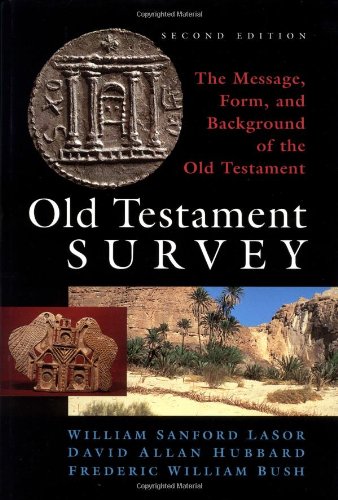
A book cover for Old Testament Survey: The Message, Form, and Background of the Old Testament, 2nd Edition; William Sanford LaSor; Christian Books & Bibles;